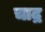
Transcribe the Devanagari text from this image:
चाद्र